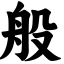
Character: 般